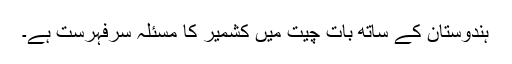
ہندوستان کے ساتھ بات چیت میں کشمیر کا مسئلہ سرفہرست ہے۔